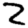
Digit: 2